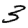
Digit: 3